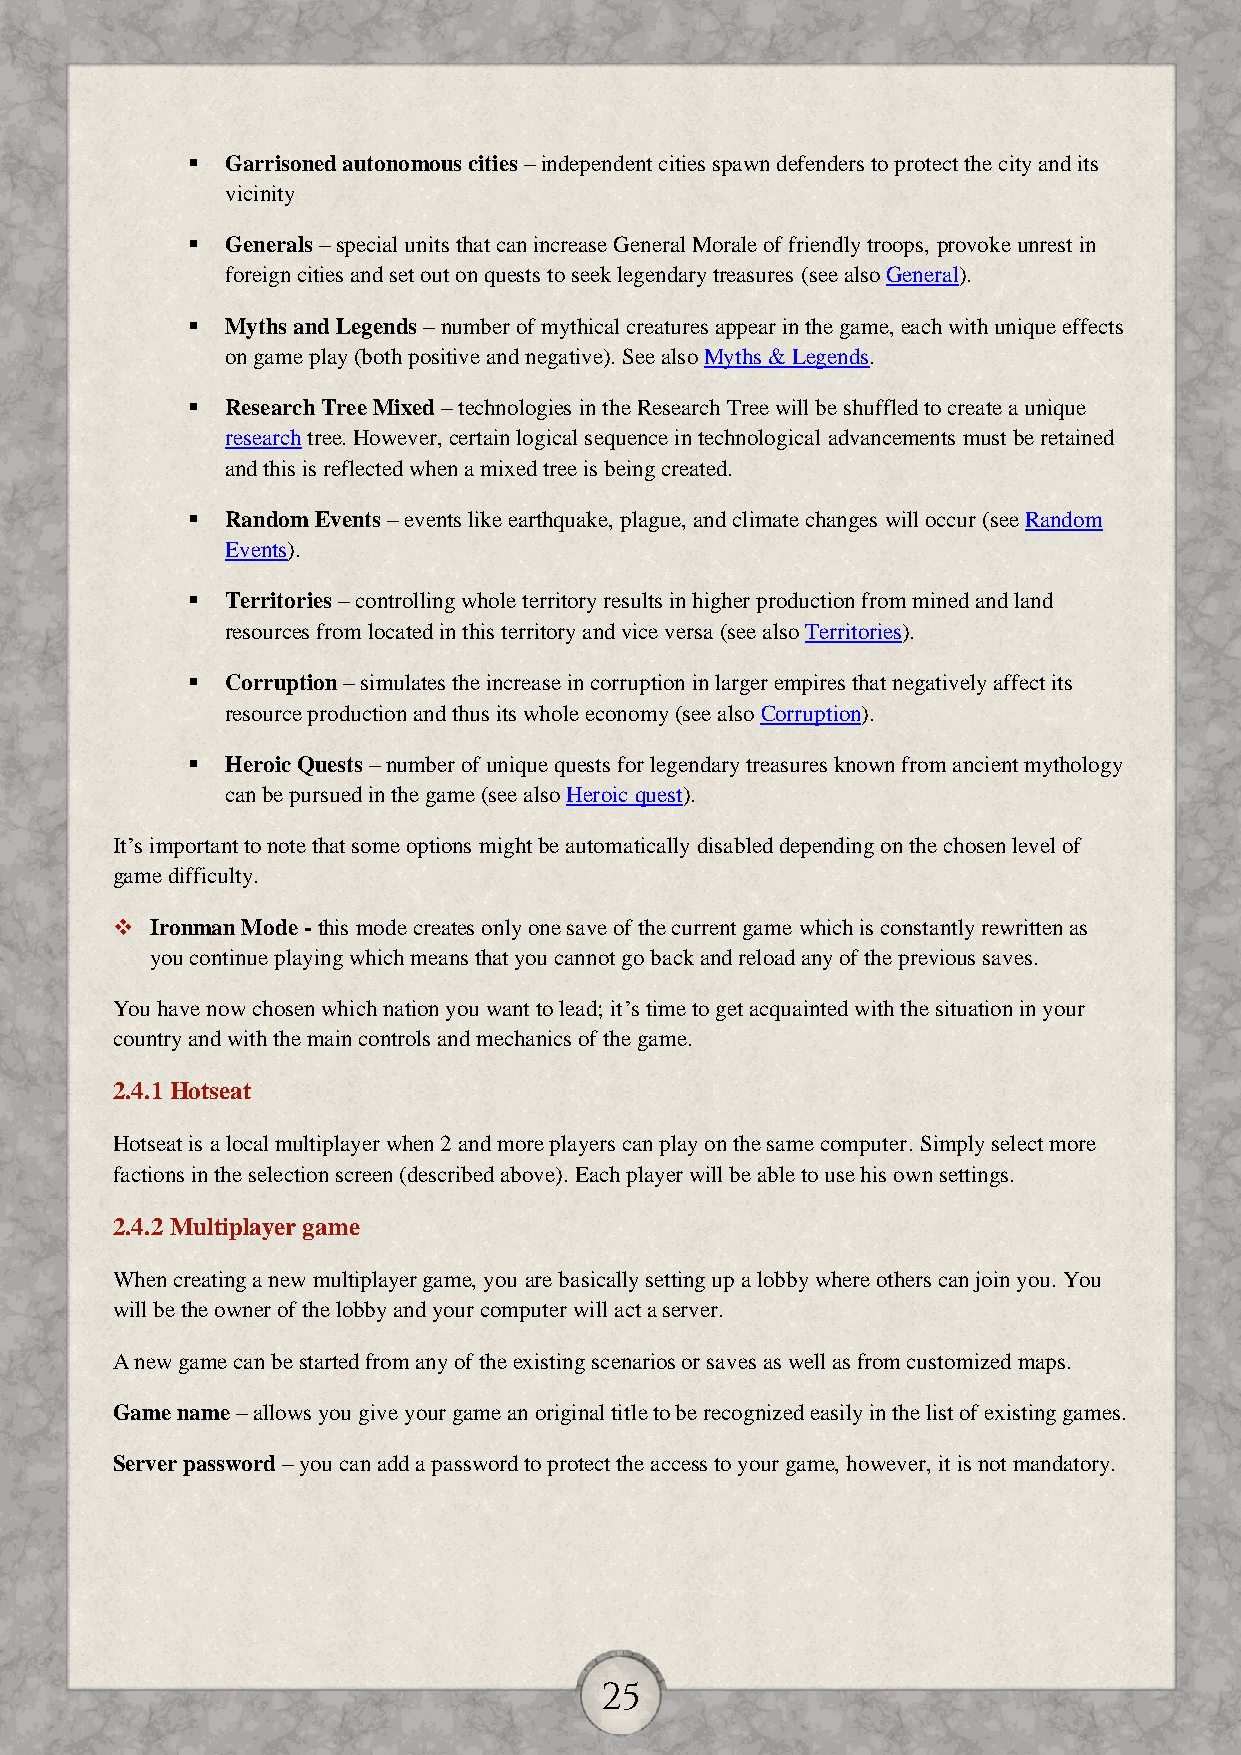
  Garrisoned autonomous cities – independent cities spawn defenders to protect the city and its
 vicinity
   Generals – special units that can increase General Morale of friendly troops, provoke unrest in
 foreign cities and set out on quests to seek legendary treasures (see also General).
   Myths and Legends – number of mythical creatures appear in the game, each with unique effects
 on game play (both positive and negative). See also Myths & Legends.
   Research Tree Mixed – technologies in the Research Tree will be shuffled to create a unique
 research tree. However, certain logical sequence in technological advancements must be retained
 and this is reflected when a mixed tree is being created.
   Random Events – events like earthquake, plague, and climate changes will occur (see Random
 Events).
   Territories – controlling whole territory results in higher production from mined and land
 resources from located in this territory and vice versa (see also Territories).
   Corruption – simulates the increase in corruption in larger empires that negatively affect its
 resource production and thus its whole economy (see also Corruption).
   Heroic Quests – number of unique quests for legendary treasures known from ancient mythology
 can be pursued in the game (see also Heroic quest).
 It’s important to note that some options might be automatically disabled depending on the chosen level of
 game difficulty.
   Ironman Mode - this mode creates only one save of the current game which is constantly rewritten as
 you continue playing which means that you cannot go back and reload any of the previous saves.
 You have now chosen which nation you want to lead; it’s time to get acquainted with the situation in your
 country and with the main controls and mechanics of the game.
 2.4.1 Hotseat
 Hotseat is a local multiplayer when 2 and more players can play on the same computer. Simply select more
 factions in the selection screen (described above). Each player will be able to use his own settings.
 2.4.2 Multiplayer game
 When creating a new multiplayer game, you are basically setting up a lobby where others can join you. You
 will be the owner of the lobby and your computer will act a server.
 A new game can be started from any of the existing scenarios or saves as well as from customized maps.
 Game name – allows you give your game an original title to be recognized easily in the list of existing games.
 Server password – you can add a password to protect the access to your game, however, it is not mandatory.
 25